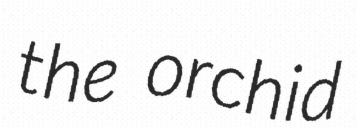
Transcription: the orchid